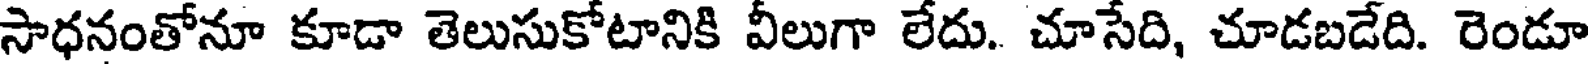
సాధనంతోనూ కూడా తెలుసుకోటానికి వీలుగా లేదు. చూసేది, చూడబడేది. రెండూ